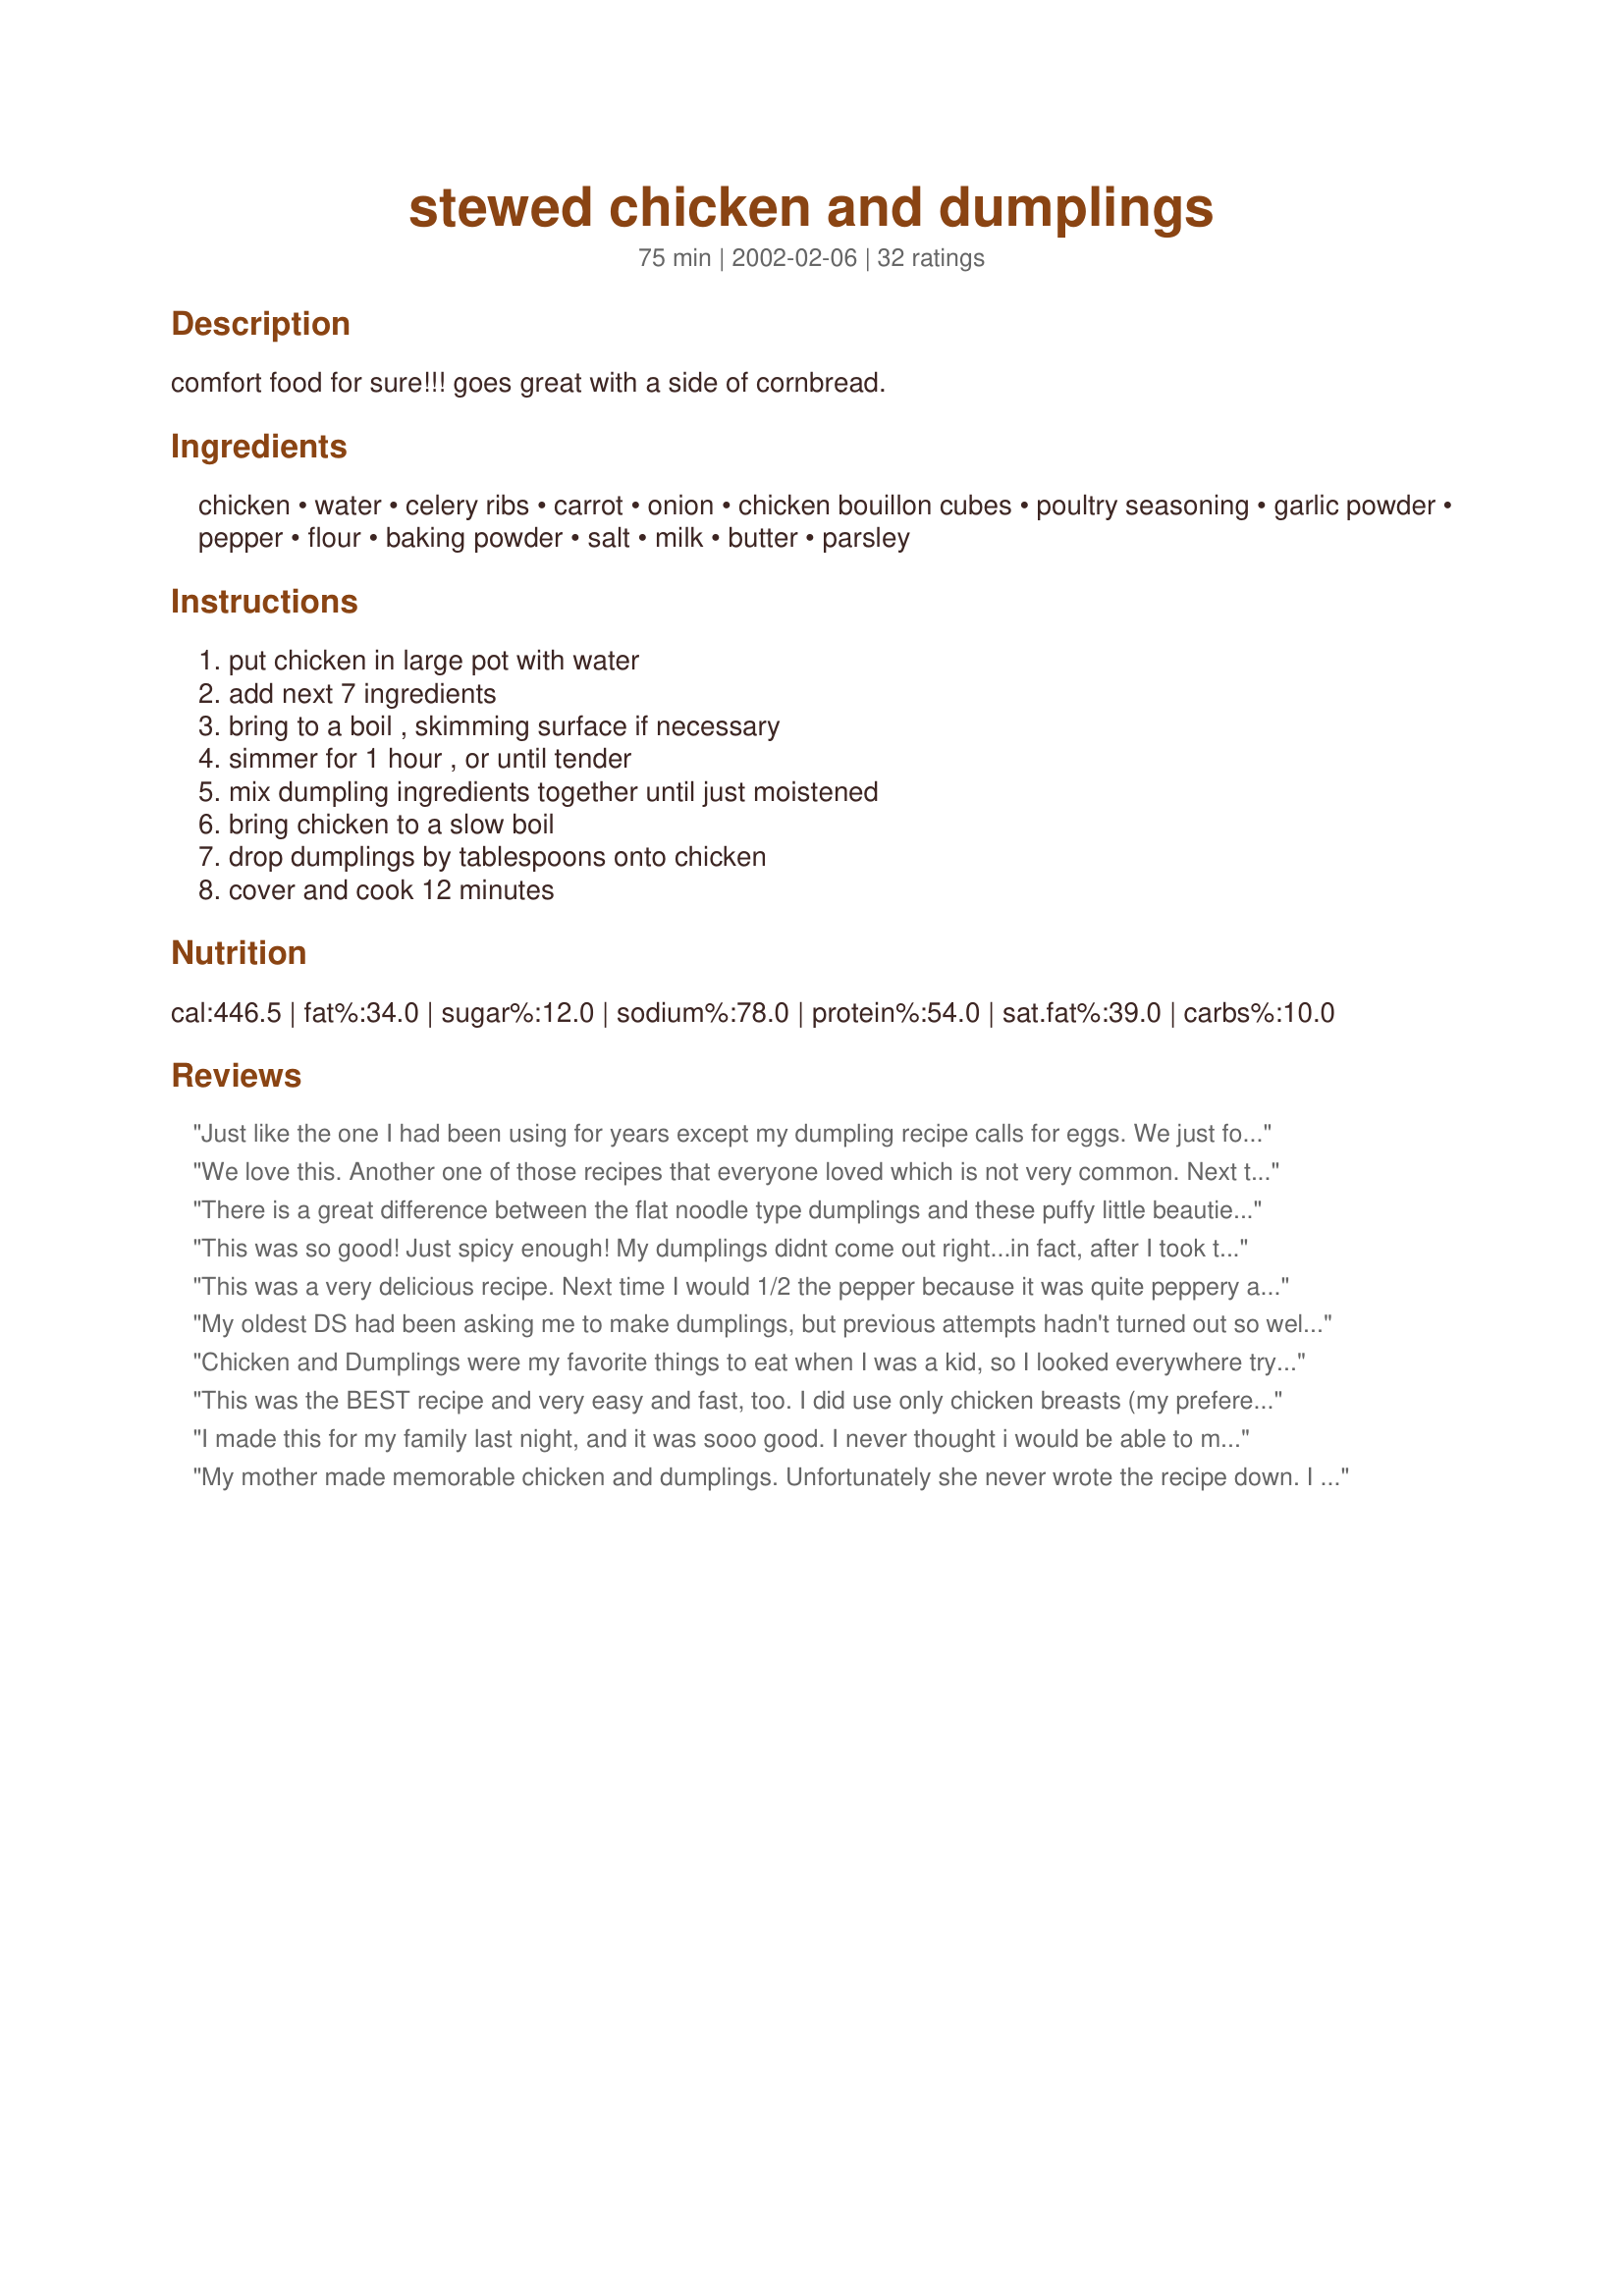
stewed chicken and dumplings
Preparation time: 75 minutes

comfort food for sure!!! goes great with a side of cornbread.

Ingredients:
chicken, water, celery ribs, carrot, onion, chicken bouillon cubes, poultry seasoning, garlic powder, pepper, flour, baking powder, salt, milk, butter, parsley

Steps:
put chicken in large pot with water, add next 7 ingredients, bring to a boil , skimming surface if necessary, simmer for 1 hour , or until tender, mix dumpling ingredients together until just moistened, bring chicken to a slow boil, drop dumplings by tablespoons onto chicken, cover and cook 12 minutes

Reviews:
Just like the one I had been using for years except my dumpling recipe calls for eggs. We just found out our son is allergic to eggs so I decided to try yours. Glad I did! Turned out great! I didn't have any chicken bouillon cubes on hand so I used 2 cans of chicken stock and reduced the water to about 4 cups or so. Also used some cornstarch and water to help thicken. Thanks for sharing!
We love this. Another one of those recipes that everyone loved which is not very common. Next time I will have to put it in 2 pots so I can have even more dumplings.
There is a great difference between the flat noodle type dumplings and these puffy little beauties. I think these are more difficult to make, but they are so good it doesn't really make any difference. I have also made these with Bisquick, and it's very easy, and a little bit quicker than the original. There is a recipe on the Bisquick box for drop dumplings. Thank you for a real keeper.
This was so good! Just spicy enough! My dumplings didnt come out right...in fact, after I took the lid off the pot, I didnt have any dumplings left. So we had chicken soup for dinner. :) I wish I knew what I did wrong with the dumplings. I 'always' have this problem. :(

Great recipe, so I will keep trying.
This was a very delicious recipe. Next time I would 1/2 the pepper because it was quite peppery and hot for me. Thanks for posting. I will make this again. It was wonderful!
My oldest DS had been asking me to make dumplings, but previous attempts hadn't turned out so well. I made this for dinner last night and the only complaint was that there weren't enough dumplings in the chicken! This is definitely a keeper! Thanks.
Chicken and Dumplings were my favorite things to eat when I was a kid, so I looked everywhere trying to find something similar to my mom's recipe. This recipe was even better! I double the dumplings and add a can of cream of chicken soup to the broth. The poultry seasoning makes this dish amazing! Thanks for the recipe!
This was the BEST recipe and very easy and fast, too. 
I did use only chicken breasts (my preference) but followed the rest of the recipe exactly.
My picky family devoured this dish down and asked for 3rds!
Thanks for the great post!
I made this for my family last night, and it was sooo good. I never thought i would be able to make chicken and dumplings like my grandmother did. I'm only 23 and don't have very many years of cooking experience, but I followed this recipe and it came out great. I put in more dumplings than the recipe called for though. I needed to feed 5. My only tip is that i didn't use but about half of the milk called for. Use your judgment. Pour it in slowly to the flower mixture. Don't overwork it our it will turn out hard. Use just enough milk to make it turn to dough. Don't knead it. My dumplings were perfect!!
My mother made memorable chicken and dumplings.
Unfortunately she never wrote the recipe down.
I have searched for one that even remotely resembled hers.
This recipe surpasses mom's at it's best.
For once the chicken had flavour (I just love the addition of the poultry seasoning). 
The dumplings were fluffy and tender whereas mine in past had all the appeal of boiled wallpaper paste.
I had to plead with my son to try this dish just once more...being a veteran of all my other failed attempts he was to say the least reluctant.
He just loved them! 
Thank you Inez
This was wonderful, thank you for posting it. My mother always made delicious C&D but she never wrote down the recipe. So, I started looking and when I saw it was your recipe I knew it would be good. I have never fixed anything of your that wasn't.
Hubby says it was the best thing he's ever had. I used 2 chicken breast, added 2 Tablespoons of butter, 1 can cream of chicken soup, I didn't have bouillon on hand so I added 1 1/2 teaspoons of salt. As for the dumplings, I went the easy way out and used half of a 24 oz pkg of frozen Mary B's Dumplings. I prefer your type of dumplings but hubby likes the flat style. Thanks again for posting it.
It tastes really good, but it should really be classed as a soup more than a stew. <br/><br/>I made it in my crock pot with turkey legs, which I browned beforehand. I added peas and potatoes to the stew. I let the whole thing simmer on high for six hours and added the dumplings one hour before the end. It is delicious although it is more like a soup than a stew. I even added a fourth cup of flour to thicken it. It is still wonderful though.
Very good recipe. The only things I would do differently next time around is to use a little less poultry seasoning (3/4 tsp is great), a little less salt in the dumplings and use boneless chicken of some sort. I ended up cutting up a whole chicken and boiling the pieces for a while, pulling pieces out and picking meat off the bones to throw back in the soup. Way too much messy work. Probably use boneless, skinless breasts when I make it again (EDIT: Tried this, not as good. I'm back to boiling a whole chicken and picking the meat off. If your liquid doesn't cover the chicken, add chicken broth to cover). I also made a second batch of dumplings after the first batch was spoken for (If you do this, make sure the heat is a little lower and you stir it well before each batch of dumplings so the bottom doesn't burn). So good I wish I could eat more! <br/>TIP: Make BIG dumplings (heaping tbsp fulls) if you want them fluffy inside rather than soggy. Also, I switched to making Bisquick dumplings (2C Bisquick, 2/3C milk). They just taste better. The dumplings in the recipe are too salty and I can taste the baking powder.
Very good recipe! I like that the recipe allows for changes for personal taste with no consequences. I adjusted the recipe a little. First, I lightly floured my chicken and browned it. This is a trick I remember from my grandma to help thicken the stew. Then, I added the rest of the stew ingredients. I reduced to 4 cups of water and 2 tsp bouillon. Instead of regular poultry seasoning, I used a Cajun poultry seasoning. With the dumplings, I used garlic salt instead of regular salt. I also had to add a couple of extra tablespoons of flour to the dumpling mix because for some reason my initial mix was too creamy. With the adjustments to my taste, this recipe came out wonderful. We enjoyed this flavorful chicken stew with light, fluffy dumplings and a side of green peas. Thank you for the recipe!
This was terrific! I cooked according to the recipe and I loved it! It was my first time to make chicken and dumplings. The only thing I did different was to de-bone the chicken. Thanks for sharing!
This was so good! Truly comfort food as I had hoped. I added an extra carrot and a can of chicken broth to this recipe. I also made cornbread to go along with the meal. I loved it and felt proud to serve this to my husband. He enjoyed it very much. Thanks, this is a keeper for me!
Magnifico! tender fluffy melt in your mouth dumplings! Thank U. this is even scrumptious if u only add a little carrot and a 1/4 onion if u don't have celery.
I thought I'd rated this months ago. I'd give it a 10 if I could. I've used ground turkey instead of the chicken, and subd. thin cut flour tortillas for the dumplings at diff. times. All are really yummy.
This was a great recipe, I made it by the recipe and it was fantastic the only thing I would change is to reduce the pepper a bit and that is solely because I have young kids who said it was spicy tasting. This was my first attempt at dumplings and I was so impressed with the ease of this recipe, it is definitely going to become a winter staple at this house. Thank you for posting.
I used a crockpot and let it cook all day. If you do this don't put your cooked chicken in until the last 45 minutes or so. I used my grandmas feather dumpling recipe not this one. I pretty much followed the ingredients. I'd added more carrots and added a thickner. My husband loved it. His only complaint was it needed more dumplings!! Thanks for the receipe.
Thank you....tried it and it was great. Jaydensmommy22...Did you just replace the flour with Bisquick..same amount I mean?
Thank you!
This is a great chicken stew. I made some changes to it because it was only 2 of us eating. I used 2 chicken legs & thighs and I also added some potatoes to make it a complete meal. It was very simple to make since you just let everything simmer. The seasonings were perfect. I have been looking for a chicken recipe that was easy and delicious. THanks MizzNezz
This was the first time I have ever tried making Chicken and Dumplings. I loved the recipe! It was simple to make and delicious. The dumplings were light and fluffy. My family enjoyed this comfort food and I will make it again and again. Thanks for sharing such a great and easy recipe.
This is a fabulous recipe!! I used chicken broth instead of the bouillon cubes (4 cups water and 2 cups broth) and it still tasted awesome! We ate all the leftovers too. Super!!!!!!
Great! I used chopped up raw chicken breast and boiled in for like 20 mins cause I didn't have the time to simmer but it was good. Still pretty tender. I also used bisquick but when I have more time, I will make the dumplings from scratch--they broke apart a little more than I would have liked. I will also add more garlic and pepper (I only had crank pepper and didn't put enough in). I used 2 cans chicken broth and the rest water because I had no cubes. FANTASTIC!
This was awesome. I doubled the recipe & my bunched gobbled it up. Thanks.
This was made for dinner last night and loved by all. The only thing I did differently was to use Bisquick for the dumplings, but everything else was the same. Loved it. Thanks for brining back memories of my Grandmother with this one!
Incredibly easy to put together and amazing flavor! Like Blue Toile, I was looking for a recipe similar to the one my grandmother used to make. This recipe is a definite keeper!
This was Delicious! I added twice the vegetables and a teaspoon of thyme. We all loved it, and I've already been requested to make it again! This was wonderful with egg noodles on the side. Thanks Inez for another great classic. ;)
Tasted good but the texture of my dumplings was off (they were a little like paste). I don't know how I messed it up!
This was really good & super easy to make. One bit of advice: don't add extra pepper; the seasoning is perfect the way it is written here. (My family likes pepper and most recipes usually don't call for enough so I added extra - it was too much.) It was still great. I will definitely make this one again.
Great recipe! When making the dumplings, always cook them 10 minutes with the cover off, then 10 minutes with the cover on. Mine come out nice and fluffy.
